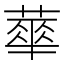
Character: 蕐